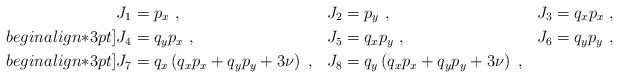
LaTeX: \begin{align*}J_1&=p_x\ , & J_2&=p_y\ , & J_3&=q_x p_x\ ,\\begin{align*}3pt]J_4&=q_y p_x\ , & J_5&= q_x p_y\ , & J_6&=q_y p_y\ ,\\begin{align*}3pt]J_7&=q_x \left(q_x p_x + q_y p_y + 3\nu\right)\ , &J_8&=q_y \left(q_x p_x + q_y p_y + 3\nu\right)\ , & & \end{align*}